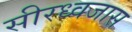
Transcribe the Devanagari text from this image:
सीरध्वजास